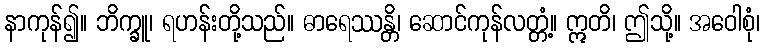
နာကုန်၍။ ဘိက္ခူ၊ ရဟန်းတို့သည်။ ဓာရေဿန္တိ၊ ဆောင်ကုန်လတ္တံ့။ ဣတိ၊ ဤသို့။ အဝေါစုံ၊